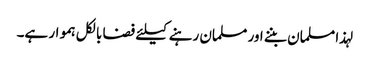
لہذا مسلمان بننے اور مسلمان رہنے کیلئے فضا بالکل ہموار ہے۔